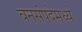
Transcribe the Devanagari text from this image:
वनसंपदेमध्ये